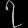
Digit: ၇